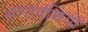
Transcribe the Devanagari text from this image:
भरतवंशियों